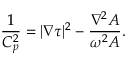
\frac { 1 } { C _ { p } ^ { 2 } } = | \nabla \tau | ^ { 2 } - \frac { \nabla ^ { 2 } A } { \omega ^ { 2 } A } .